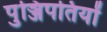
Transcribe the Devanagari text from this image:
पुञ्जिपतियों